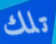
تلك